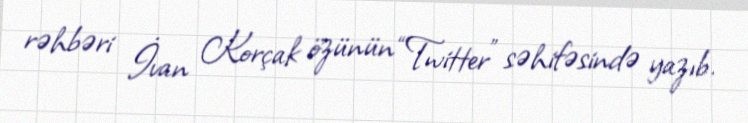
rəhbəri İvan Korçak özünün “Twitter” səhifəsində yazıb.